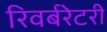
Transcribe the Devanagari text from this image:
रिवर्बरेटरी